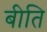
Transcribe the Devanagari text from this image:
बीति